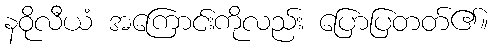
နဝိုလီယံ အကြောင်းကိုလည်း ပြောပြတတ်၏။